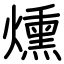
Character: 燻